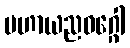
မဟာယညဝဂ္ဂေါ